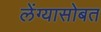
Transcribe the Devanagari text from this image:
लेंग्यासोबत